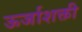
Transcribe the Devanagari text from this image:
ऊर्जाशक्ती